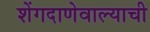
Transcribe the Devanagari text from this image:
शेंगदाणेवाल्याची